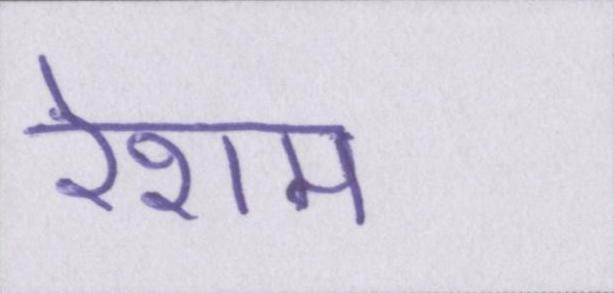
रेशम